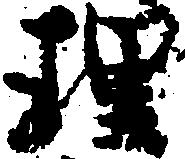
理